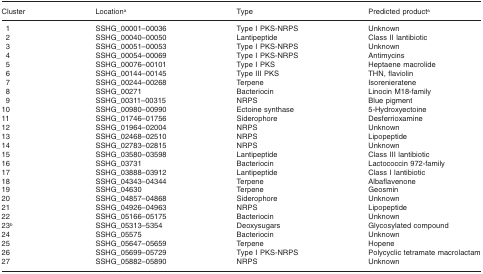
| Cluster | Locationa | Type | Predicted producta |
 | --- | --- | --- | --- |
 | 1 | SSHG_00001–00036 | Type I PKS-NRPS | Unknown |
 | 2 | SSHG_00040–00050 | Lantipeptide | Class II lantibiotic |
 | 3 | SSHG_00051–00053 | Type I PKS-NRPS | Unknown |
 | 4 | SSHG_00054–00069 | Type I PKS-NRPS | Antimycins |
 | 5 | SSHG_00076–00101 | Type I PKS | Heptaene macrolide |
 | 6 | SSHG_00144–00145 | Type III PKS | THN, flaviolin |
 | 7 | SSHG_00244–00268 | Terpene | Isorenieratene |
 | 8 | SSHG_00271 | Bacteriocin | Linocin M18-family |
 | 9 | SSHG_00311–00315 | NRPS | Blue pigment |
 | 10 | SSHG_00980–00990 | Ectoine synthase | 5-Hydroxyectoine |
 | 11 | SSHG_01746–01756 | Siderophore | Desferrioxamine |
 | 12 | SSHG_01964–02004 | NRPS | Unknown |
 | 13 | SSHG_02468–02510 | NRPS | Lipopeptide |
 | 14 | SSHG_02783–02815 | NRPS | Unknown |
 | 15 | SSHG_03580–03598 | Lantipeptide | Class III lantibiotic |
 | 16 | SSHG_03731 | Bacteriocin | Lactococcin 972-family |
 | 17 | SSHG_03888–03912 | Lantipeptide | Class I lantibiotic |
 | 18 | SSHG_04343–04344 | Terpene | Albaflavenone |
 | 19 | SSHG_04630 | Terpene | Geosmin |
 | 20 | SSHG_04857–04868 | Siderophore | Unknown |
 | 21 | SSHG_04926–04963 | NRPS | Lipopeptide |
 | 22 | SSHG_05166–05175 | Bacteriocin | Unknown |
 | 23b | SSHG_05313–5354 | Deoxysugars | Glycosylated compound |
 | 24 | SSHG_05575 | Bacteriocin | Unknown |
 | 25 | SSHG_05647–05659 | Terpene | Hopene |
 | 26 | SSHG_05699–05729 | Type I PKS-NRPS | Polycyclic tetramate macrolactam |
 | 27 | SSHG_05882–05890 | NRPS | Unknown |